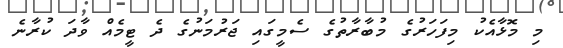
މި މޮޅާއެކު މިފަހަރުގެ މުބާރާތުގެ ސެމީގައި ޖަރުމަނުގެ ދެ ޓީމެއް ވާދަ ކުރާނެ